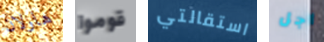
هارلان قوموا استقالتي أجل